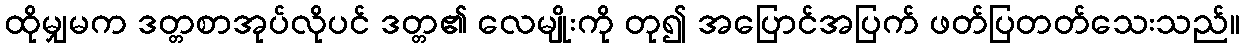
ထိုမျှမက ဒတ္တစာအုပ်လိုပင် ဒတ္တ၏ လေမျိုးကို တု၍ အပြောင်အပြက် ဖတ်ပြတတ်သေးသည်။